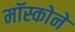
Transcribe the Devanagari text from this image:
मॉस्कोने